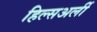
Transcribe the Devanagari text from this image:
हिल्सअर्ली